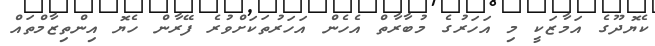
ކެޔޮދޫގެ އަމާޒަކީ މި އަހަރުގެ މުބާރާތް އެހެން އަހަރުތަކަށްވުރެ ފޭރާން ހެޔޮ އިންތިޒާމްތައް